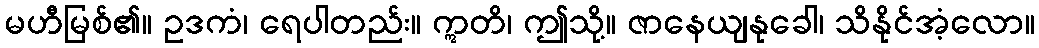
မဟီမြစ်၏။ ဥဒကံ၊ ရေပါတည်း။ ဣတိ၊ ဤသို့။ ဇာနေယျနုခေါ၊ သိနိုင်အံ့လော။